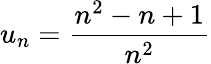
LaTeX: u_{n}=\frac{n^{2}-n+1}{n^{2}}